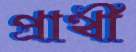
প্রার্থী